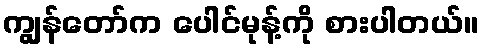
ကျွန်တော်က ပေါင်မုန့်ကို စားပါတယ်။